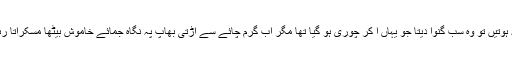
نہ ہوتیں تو وہ سب گنوا دیتا جو یہاں آ کر چوری ہو گیا تھا مگر اب گرم چائے سے اڑتی بھاپ پہ نگاہ جمائے خاموش بیٹھا مسکراتا رہا۔